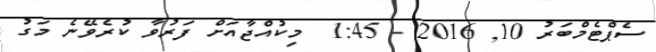
ސެޕްޓެމްބަރު 10